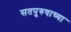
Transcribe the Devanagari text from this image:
सतपुरुषाच्या